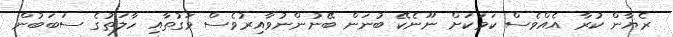
ރެޔާން ކުރާ އެއްވެސް ކަމަކަށް ނޫނެކޭ ބުނަން ބޭނުންނުވާއިރުވެސް ވަގުތާއި ހާލަތުގެ ސަބަބުން